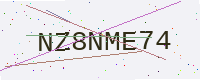
Text: NZ8NME74